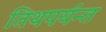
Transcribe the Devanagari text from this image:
तिथपर्यन्त